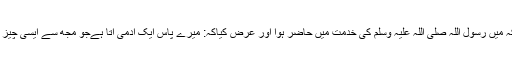
سیدنا حکیم بن حزام رضی اللہ عنہ فرماتے ہیں کہ میں رسول اللہ صلی اللہ علیہ وسلم کی خدمت میں حاضر ہوا اور عرض کیاکہ: میرے پاس ایک آدمی آتا ہےجو مجھ سے ایسی چیز کا سودا کرنا چاہتا ہے جو میرے پاس نہیں ہوتی۔